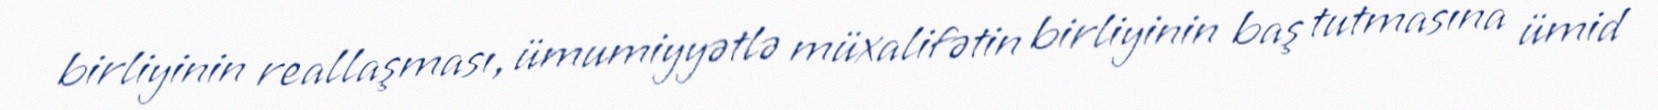
birliyinin reallaşması, ümumiyyətlə müxalifətin birliyinin baş tutmasına ümid